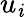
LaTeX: u_{\mathit{i}}